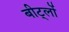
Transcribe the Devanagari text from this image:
बीट्लों